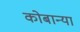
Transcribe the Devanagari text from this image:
कोबान्या